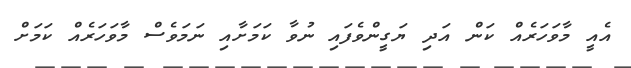
އެއީ މާވަހަރެއް ކަން އަދި ޔަގީންވެފައި ނުވާ ކަމަށާއި ނަމަވެސް މާވަހަރެއް ކަމަށް